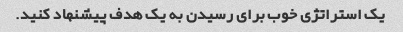
یک استراتژی خوب برای رسیدن به یک هدف پیشنهاد کنید.